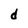
Character: d